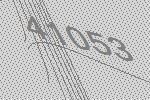
41053